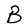
Character: B